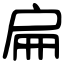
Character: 扁